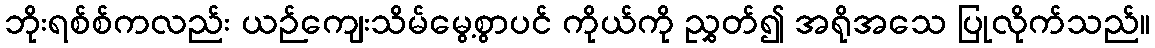
ဘိုးရစ်စ်ကလည်း ယဉ်ကျေးသိမ်မွေ့စွာပင် ကိုယ်ကို ညွှတ်၍ အရိုအသေ ပြုလိုက်သည်။